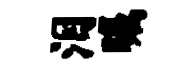
泪瞩